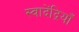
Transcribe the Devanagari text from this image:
स्वादेंद्रियाँ